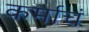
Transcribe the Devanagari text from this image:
कर्माचं